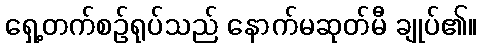
ရှေ့တက်စဉ်ရုပ်သည် နောက်မဆုတ်မီ ချုပ်၏။